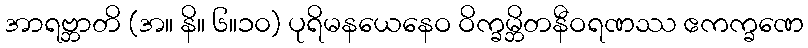
အာရဗ္ဘာတိ (အ။ နိ။ ၆။၁၀) ပုရိမနယေနေဝ ဝိက္ခမ္ဘိတနီဝရဏဿ ဧကက္ခဏေ